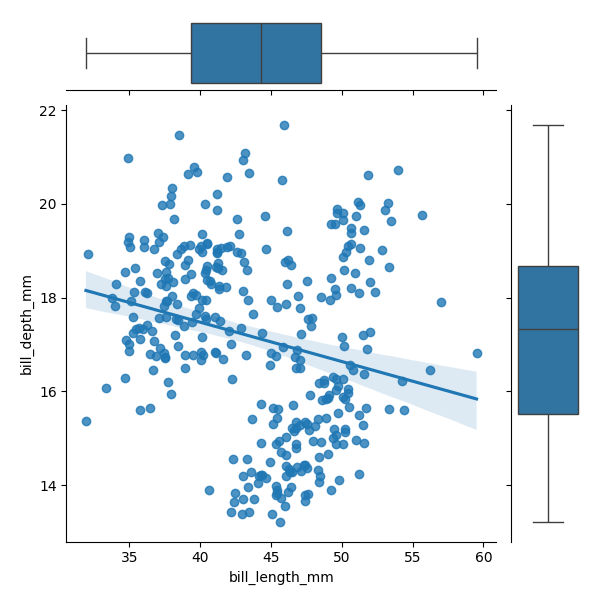
python, seaborn, JointGrid, regplot, boxplot